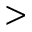
>